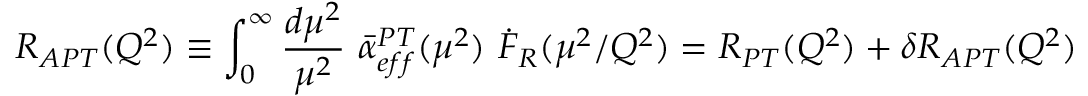
R _ { A P T } ( Q ^ { 2 } ) \equiv \int _ { 0 } ^ { \infty } { \frac { d \mu ^ { 2 } } { \mu ^ { 2 } } } \ \bar { \alpha } _ { e f f } ^ { P T } ( \mu ^ { 2 } ) \ \dot { { \cal F } } _ { R } ( \mu ^ { 2 } / Q ^ { 2 } ) = R _ { P T } ( Q ^ { 2 } ) + \delta R _ { A P T } ( Q ^ { 2 } )